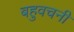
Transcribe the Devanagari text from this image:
बहुवचनी